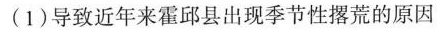
(1)导致近年来霍邱县出现季节性撂荒的原因